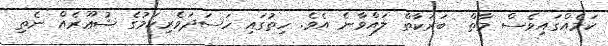
ކަމެއްގައިވެސް މާތް  ބަރަކާތް ލައްވާނެ އެވެ. ހިތުގައި ހަސަދަވެރިކަމުގެ ޝުޢޫރެއް ނެތި